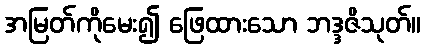
အမြတ်ကိုမေး၍ ဖြေထားသော ဘဒ္ဒဇိသုတ်။